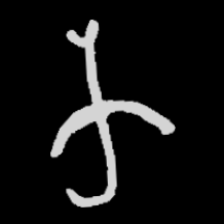
Pyu character \u2014 Myanmar letter: က (romanized: ka)